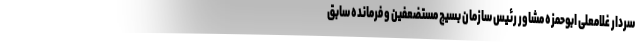
سردار غلامعلی ابوحمزه مشاور رئیس سازمان بسیج مستضعفین و فرمانده سابق